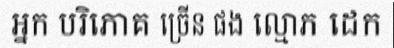
អ្នក បរិភោគ ច្រើន ផង ល្មោភ ដេក